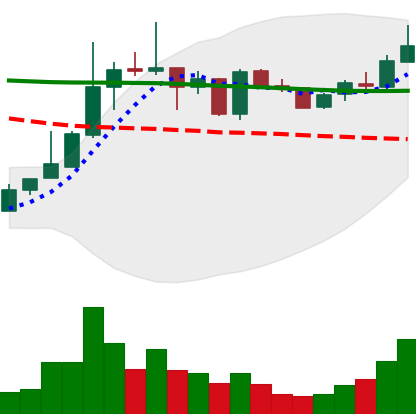
Ticker: TRX-USD
Chart end date: 2019-01-05
Forward return: 15.937%
Label: up_7plus